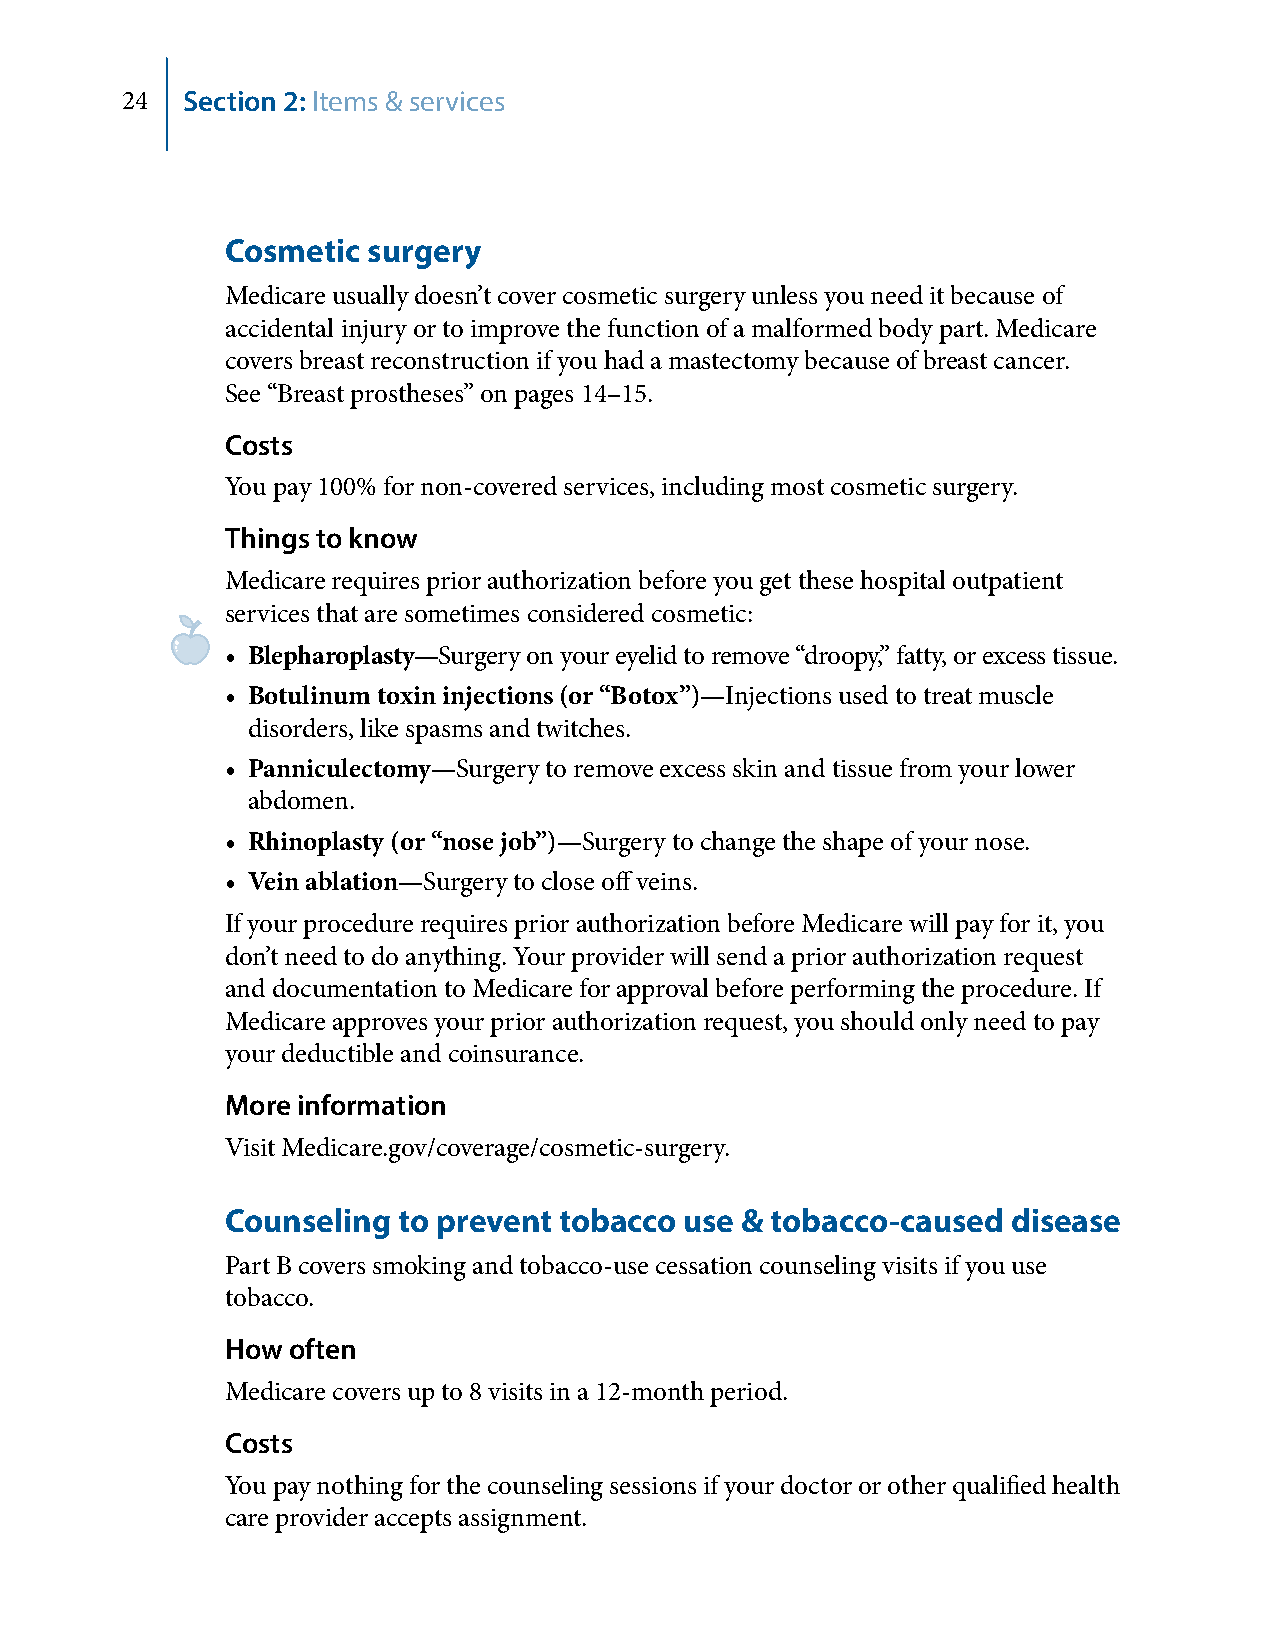
24  Section 2: Items & services
 Cosmetic surgery
 Medicare usually doesn’t cover cosmetic surgery unless you need it because of
 accidental injury or to improve the function of a malformed body part. Medicare
 covers breast reconstruction if you had a mastectomy because of breast cancer.
 See “Breast prostheses” on pages 14–15.
 Costs
 You pay 100% for non-covered services, including most cosmetic surgery.
 Things to know
 Medicare requires prior authorization before you get these hospital outpatient
 services that are sometimes considered cosmetic:
 • Blepharoplasty—Surgery on your eyelid to remove “droopy,” fatty, or excess tissue.
 • Botulinum toxin injections (or “Botox”)—Injections used to treat muscle
 disorders, like spasms and twitches.
 • Panniculectomy—Surgery to remove excess skin and tissue from your lower
 abdomen.
 • Rhinoplasty (or “nose job”)—Surgery to change the shape of your nose.
 • Vein ablation—Surgery to close off veins.
 If your procedure requires prior authorization before Medicare will pay for it, you
 don’t need to do anything. Your provider will send a prior authorization request
 and documentation to Medicare for approval before performing the procedure. If
 Medicare approves your prior authorization request, you should only need to pay
 your deductible and coinsurance.
 More information
 Visit Medicare.gov/coverage/cosmetic-surgery.
 Counseling to prevent tobacco use & tobacco-caused  disease
 Part B covers smoking and tobacco-use cessation counseling visits if you use
 tobacco.
 How often
 Medicare covers up to 8 visits in a 12-month period.
 Costs
 You pay nothing for the counseling sessions if your doctor or other qualified health
 care provider accepts assignment.